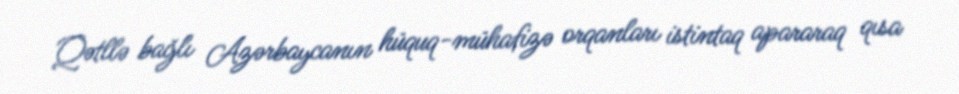
Qətllə bağlı Azərbaycanın hüquq-mühafizə orqanları istintaq apararaq qısa